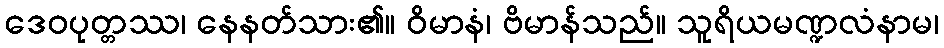
ဒေဝပုတ္တဿ၊ နေနတ်သား၏။ ဝိမာနံ၊ ဗိမာန်သည်။ သူရိယမဏ္ဍလံနာမ၊